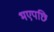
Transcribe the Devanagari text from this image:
भएपछि